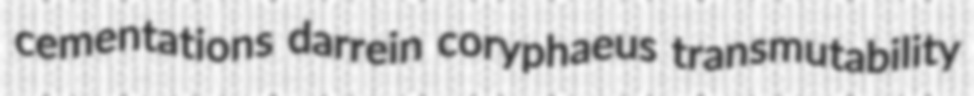
cementations darrein coryphaeus transmutability